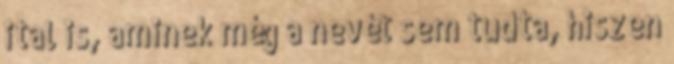
ital is, aminek még a nevét sem tudta, hiszen